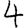
Digit: 4